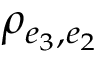
\rho _ { e _ { 3 } , e _ { 2 } }